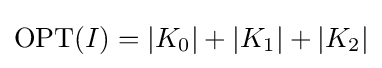
\mathrm {OPT} (I)=|K_{0}|+|K_{1}|+|K_{2}|